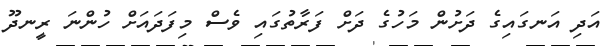
އަދި އަނގައިގެ ދަށުން މަހުގެ ދަށް ފަރާތުގައި ވެސް މިފަދައަށް ހުންނަ ރީނދޫ